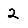
Digit: 2